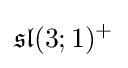
{\mathfrak {sl}}(3;1)^{+}